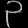
Digit: ၃